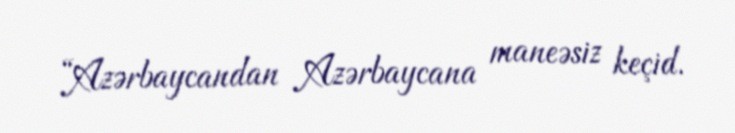
“Azərbaycandan Azərbaycana maneəsiz keçid.